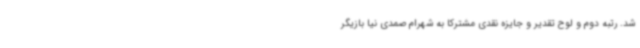
شد. رتبه دوم و لوح تقدیر و جایزه نقدی مشترکاً به شهرام صمدی نیا بازیگر